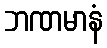
ဘဏမာနံ